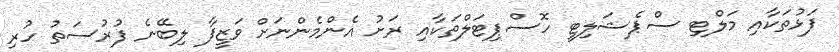
ފަޅުތަކާއި މަލްޓި ސްޕެޝަލިޓީ ހޮސްޕިޓަލްތަކާއި ރަށު އެންމެންނަށް ވަޒީފާ ލިބޭނެ ފުރުސަތު ހުރި